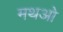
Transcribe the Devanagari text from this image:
मथओ